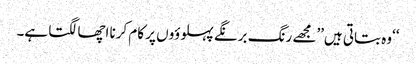
‘‘وہ بتاتی ہیں’’مجھے رنگ برنگے پہلوؤوں پر کام کرنا اچھا لگتا ہے۔